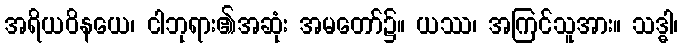
အရိယဝိနယေ၊ ငါဘုရား၏အဆုံး အမတော်၌။ ယဿ၊ အကြင်သူအား။ သဒ္ဓါ၊